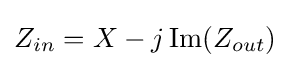
{\begin{aligned}Z_{in}&=X-j\operatorname {Im} (Z_{out})\\\end{aligned}}